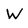
Character: W